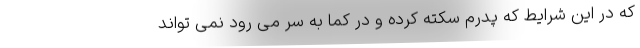
که در این شرایط که پدرم سکته کرده و در کما به سر می رود نمی تواند